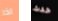
اذا حدث